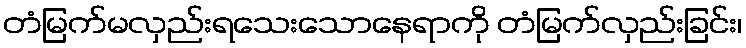
တံမြက်မလှည်းရသေးသောနေရာကို တံမြက်လှည်းခြင်း၊